Indian Civil Veterinary Department memoirs
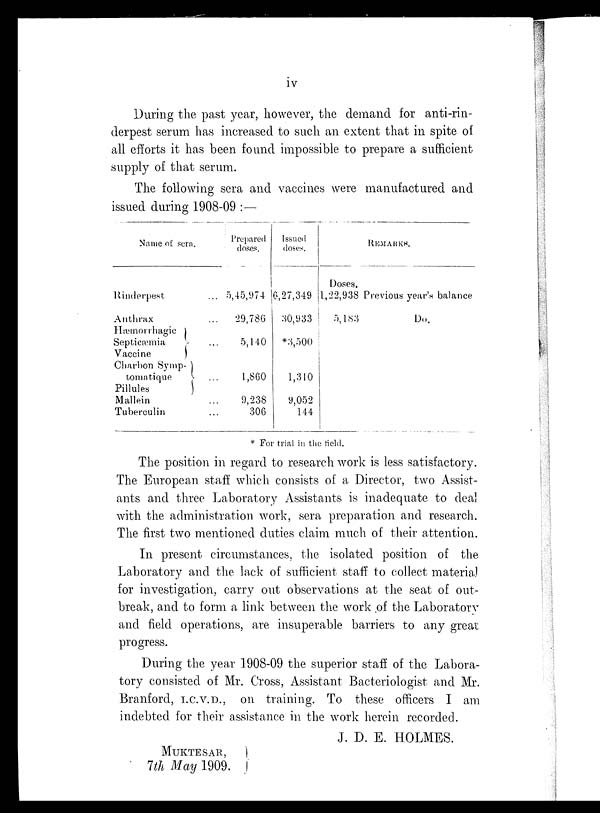
iv
During the past year, however, the demand for anti-rin-
derpest serum has increased to such an extent that in spite of
all efforts it has been found impossible to prepare a sufficient
supply of that serum.
The following sera and vaccines were manufactured and
issued during 1908-09 :—
Name of sera.
Rinderpest
Anthrax
Hæmorrhagic
Septicæmia
Vaccine
Charbon Symp-
tomatique
Pillules
Mallein
Tuberculin
...
...
...
...
...
...
Prepared
doses.
5,45,974
29,786
5,140
1,860
9,238
306
Issued
doses.
6,27,349
30,933
*3,500
1,310
9,052
144
REMARKS.
Doses.
1,22,938 Previous year's balance
5,183
Do.
* For trial in the field.
The position in regard to research work is less satisfactory.
The European staff which consists of a Director, two Assist-
ants and three Laboratory Assistants is inadequate to deal
with the administration work, sera preparation and research.
The first two mentioned duties claim much of their attention.
In present circumstances, the isolated position of the
Laboratory and the lack of sufficient staff to collect material
for investigation, carry out observations at the seat of out-
break, and to form a link between the work of the Laboratory
and field operations, are insuperable barriers to any great
progress.
During the year 1908-09 the superior staff of the Labora-
tory consisted of Mr. Cross, Assistant Bacteriologist and Mr.
Branford, I.C.V.D., on training. To these officers I am
indebted for their assistance in the work herein recorded.
J. D. E. HOLMES.
MUKTESAR,
}
7th May 1909.